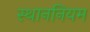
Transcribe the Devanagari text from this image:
स्थाननियम